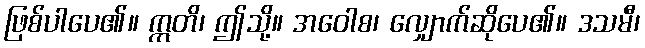
ဖြစ်ပါပေ၏။ ဣတိ၊ ဤသို့။ အဝေါစ၊ လျှောက်ဆိုပေ၏။ ဒသမီ၊